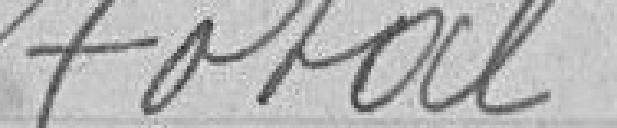
Total